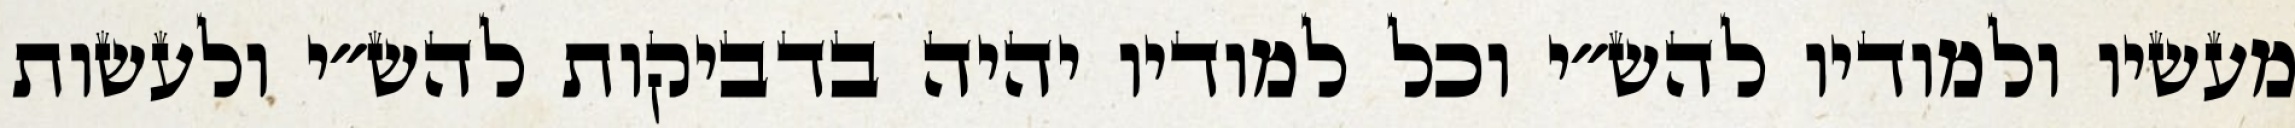
מעשיו ולמודיו להש״י וכל למודיו יהיה בדביקות להש״י ולעשות